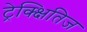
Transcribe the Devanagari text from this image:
ट्रेक्क्षितिज